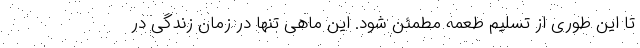
تا این طوری از تسلیم طعمه مطمئن شود. این ماهی تنها در زمان زندگی در